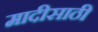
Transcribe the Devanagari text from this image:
मादीसाठी